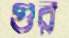
গুর